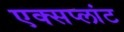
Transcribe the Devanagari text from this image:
एक्सप्लांट